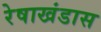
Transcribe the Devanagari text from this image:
रेषाखंडास